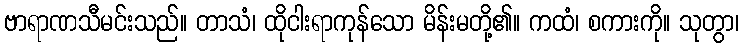
ဗာရာဏသီမင်းသည်။ တာသံ၊ ထိုငါးရာကုန်သော မိန်းမတို့၏။ ကထံ၊ စကားကို။ သုတွာ၊